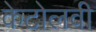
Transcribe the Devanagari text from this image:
केटोलवी